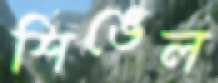
শিঙেল